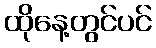
ထိုနေ့တွင်ပင်